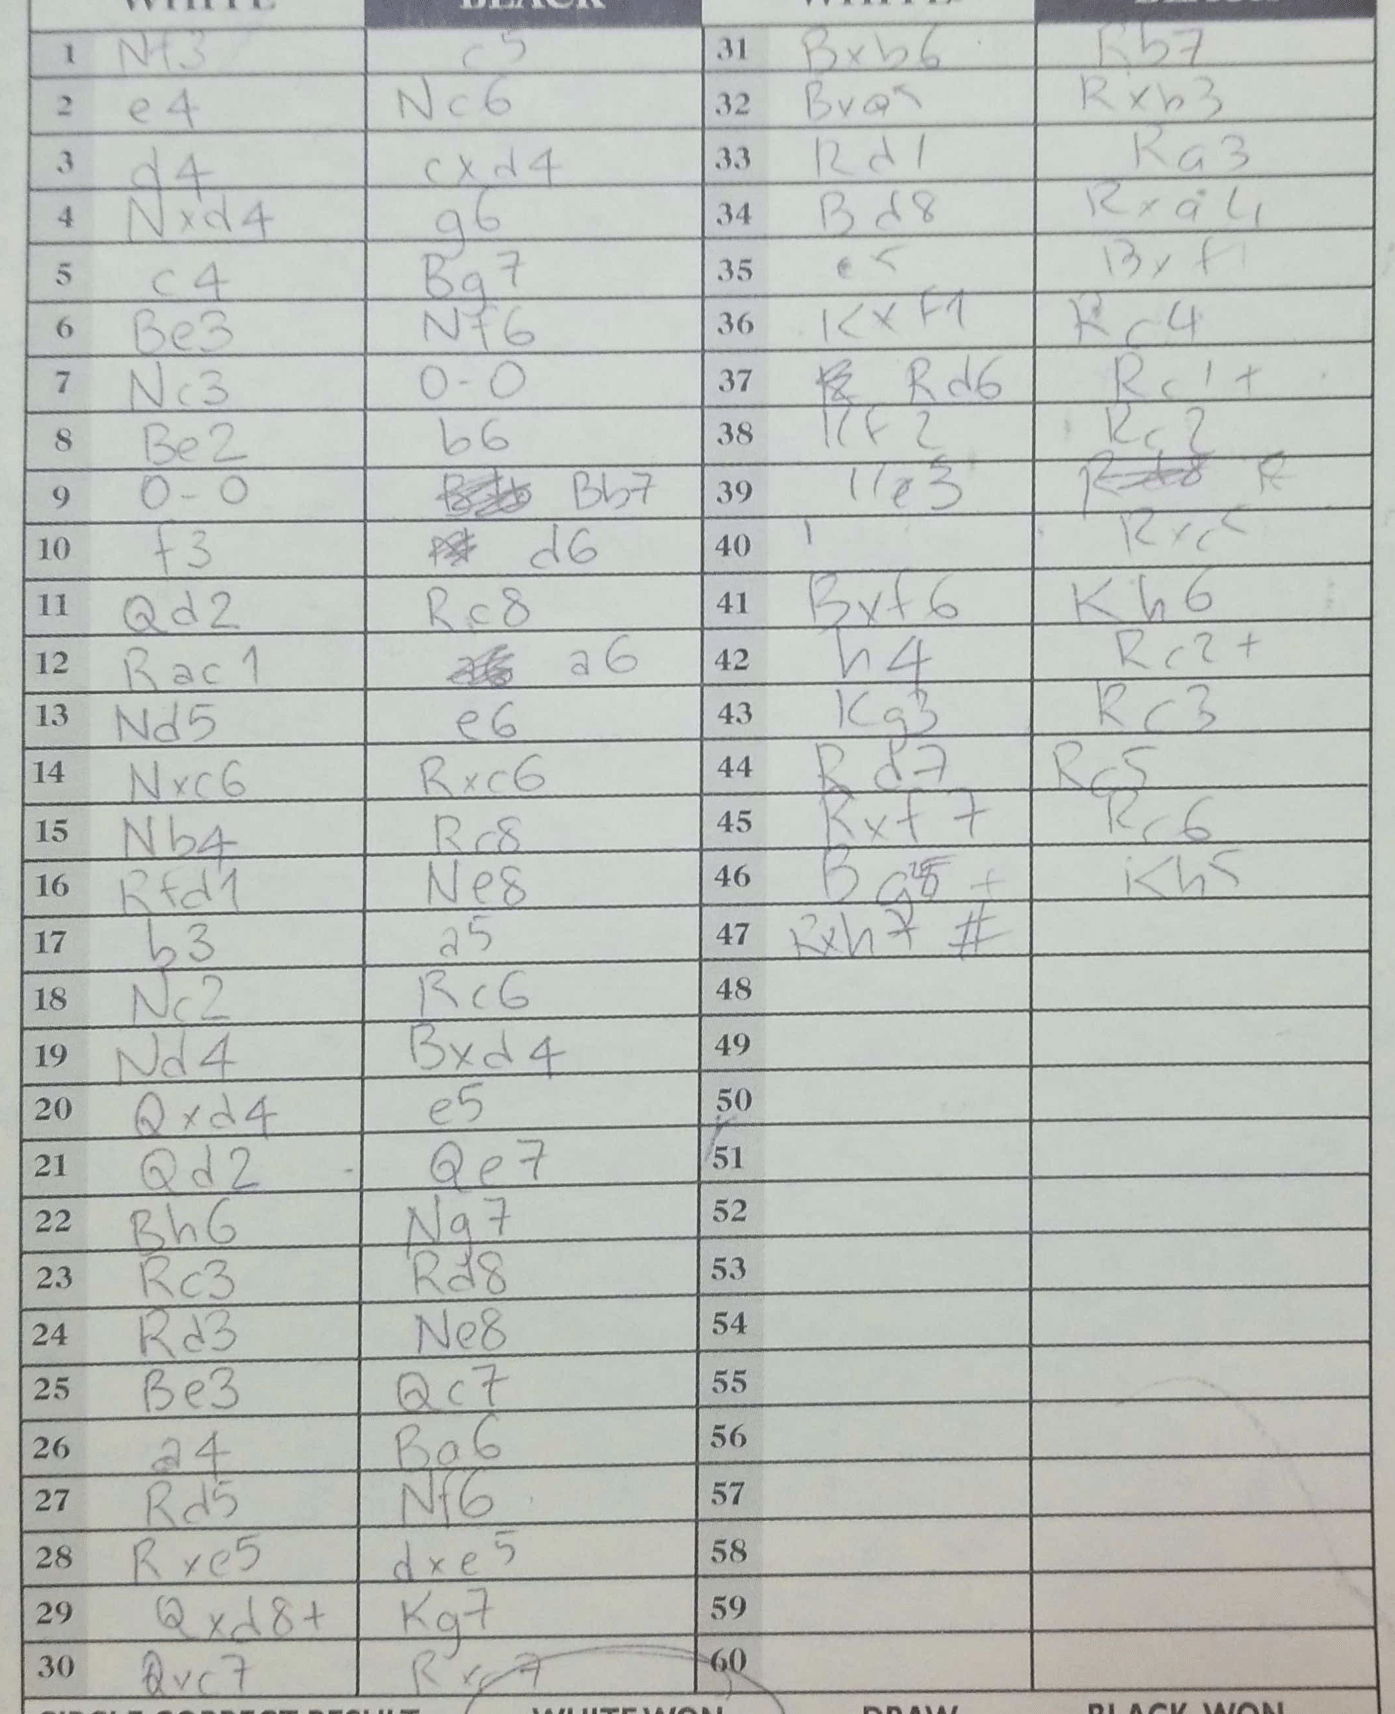
Moves: Nf3 c5 e4 Nc6 d4 cxd4 Nxd4 g6 c4 Bg7 Be3 Nf6 Nc3 O-O Be2 b6 O-O Bb7 f3 d6 Qd2 Rc8 Rac1 a6 Nd5 e6 Nxc6 Rxc6 Nb4 Rc8 Rfd1 Ne8 b3 a5 Nc2 Rc6 Nd2 Bxd4 Qxd4 Qe7 Qd2 Qe7 Bh6 Ng7 Rc3 Rd8 Rd3 Ne8 Be3 Qc7 a4 Ba6 Rd5 Nf6 Rxe5 dxe5 Qxd8+ Kg7 Qxc7 Rxc7 Bxb6 Rb7 Bxa6 Rxb3 Bxa5 Ra3 Bd8 Rxa4 e5 Bxf1 Kxf1 Rc4 Rd6 Rc1+ Rf2 Rc2 Ke3 Rd8 Rxc5 Bxf6 Kh6 h4 Rc2+ Kg3 Rc3 Rd7 Rc5 Rxf7 Rc6 Bg8+ Kh5 Rxh7#